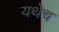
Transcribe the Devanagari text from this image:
यथेच